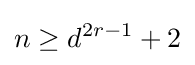
n\geq d^{2r-1}+2